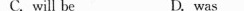
C. will be D. was